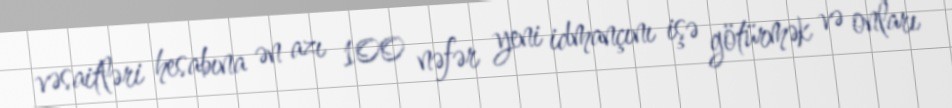
vəsaitləri hesabına ən azı 100 nəfər yeni idmançını işə götürmək və onları